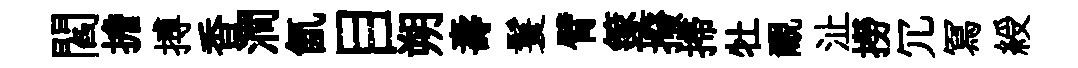
閻擔搏香澗氤目朔壽鬟臂篴撥掃牡覼沚撈冗冩綬